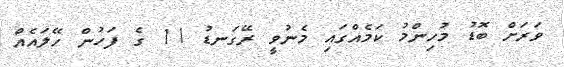
ވަރަށް ބޮޑު މުހިންމު ކަމެއްގައި މެނުވީ ރޭގަނޑު 11 ގެ ފަހުން ހޭލައެއް